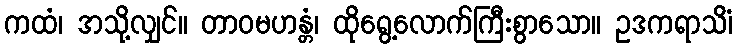
ကထံ၊ အသို့လျှင်။ တာဝမဟန္တံ၊ ထိုရွေ့လောက်ကြီးစွာသော။ ဥဒကရာသိံ၊